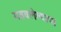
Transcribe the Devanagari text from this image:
मढवलेल्याचा